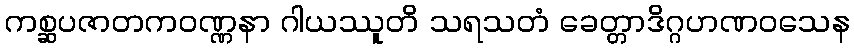
ကစ္ဆပဇာတကဝဏ္ဏနာ ဂါယဿူတိ သရသတံ ခေတ္တာဒိဂ္ဂဟဏဝသေန